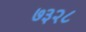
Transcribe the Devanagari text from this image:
७३२८